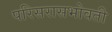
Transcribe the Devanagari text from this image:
परिसरासभोवती